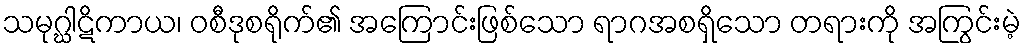
သမုဂ္ဃါဋိကာယ၊ ဝစီဒုစရိုက်၏ အကြောင်းဖြစ်သော ရာဂအစရှိသော တရားကို အကြွင်းမဲ့